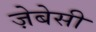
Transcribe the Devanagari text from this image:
ज़ेबेसी